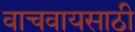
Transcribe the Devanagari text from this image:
वाचवायसाठी